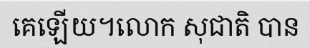
គេឡើយ។លោក សុជាតិ បាន